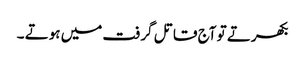
بکھرتے تو آج قاتل گرفت میں ہوتے ۔